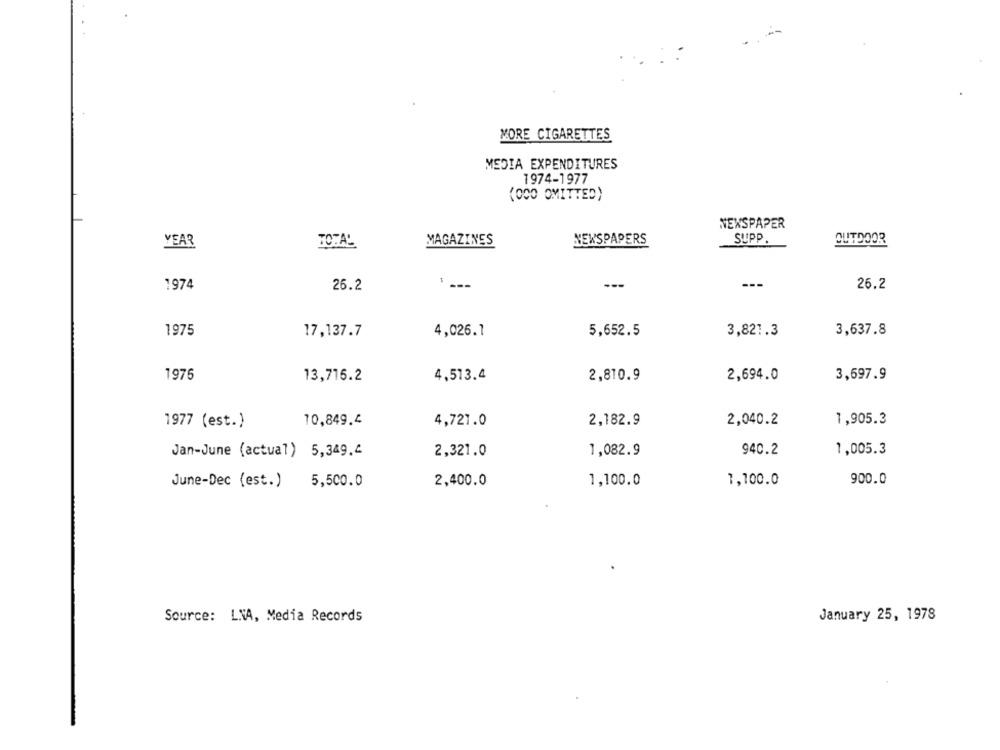
MORE CIGARETTES
MEDIA EXPENDITURES
1974-1977
(000 OMITTED)
NEWSPAPER
MAGAZINES
NEWSPAPERS
SUPP.
OUTDOOR
YEAR
TOTAL
1974
--
---
26.2
26.2
1975
17,137.7
4,026.7
5,652.5
3,821.3
3,637.8
1975
13,716.2
4,513.4
2,810.9
2,694.0
3,697.9
10,849.4
2,040.2
1977 (est.)
4,721.0
2,182.9
1,905.3
1,005.3
Jan-June (actual) 5,349.4
2,321.0
1,082.9
940.2
900.0
June-Dec (est.)
5,500.0
2,400.0
1,100.0
1,100.0
Source: LVA, Media Records
January 25, 1978